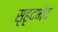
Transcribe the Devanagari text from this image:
सृहृदभेद